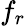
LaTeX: f_{r}